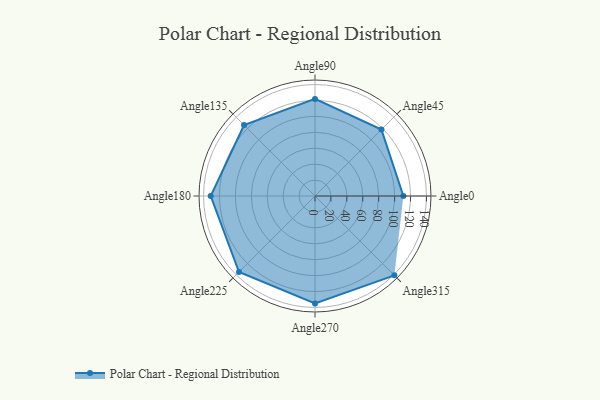
{"axis": {"x": "Angle", "y": "Radius"}, "legend": [""], "data": [{"x": "Angle0", "y": 111.0, "type": ""}, {"x": "Angle45", "y": 118.0, "type": ""}, {"x": "Angle90", "y": 122.0, "type": ""}, {"x": "Angle135", "y": 126.0, "type": ""}, {"x": "Angle180", "y": 131.0, "type": ""}, {"x": "Angle225", "y": 135.0, "type": ""}, {"x": "Angle270", "y": 135.0, "type": ""}, {"x": "Angle315", "y": 141.0, "type": ""}]}